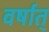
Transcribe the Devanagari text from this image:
वर्षात्